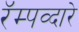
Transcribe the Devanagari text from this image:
रॅम्पव्दारे